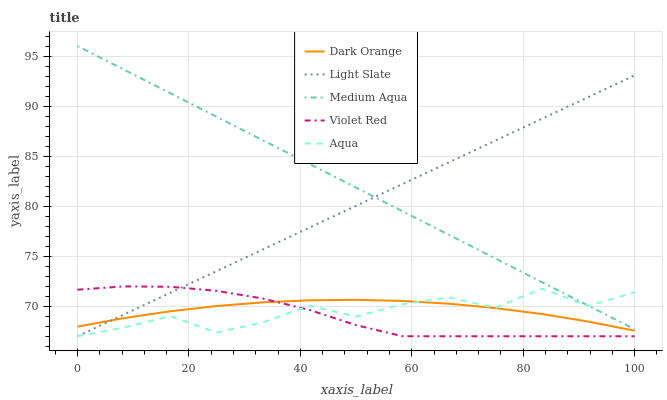
| xaxis_label | Dark Orange | Light Slate | Medium Aqua | Violet Red | Aqua |
 | --- | --- | --- | --- | --- | --- |
 | 0 | 68 | 67 | 96 | 71.7 | 67 |
 | 8.33 | 68.8 | 69.2 | 93.6 | 72 | 67.9 |
 | 16.7 | 69.5 | 71.3 | 91.3 | 71.9 | 69 |
 | 25 | 70 | 73.5 | 88.9 | 71.5 | 67.4 |
 | 33.3 | 70.4 | 75.7 | 86.6 | 70.8 | 68.4 |
 | 41.7 | 70.6 | 77.9 | 84.2 | 69.6 | 70.1 |
 | 50 | 70.6 | 80 | 81.8 | 68.1 | 69 |
 | 58.3 | 70.5 | 82.2 | 79.5 | 67 | 70.2 |
 | 66.7 | 70.3 | 84.4 | 77.1 | 67 | 70.9 |
 | 75 | 69.8 | 86.6 | 74.8 | 67 | 69.8 |
 | 83.3 | 69.2 | 88.7 | 72.4 | 67 | 71.8 |
 | 91.7 | 68.5 | 90.9 | 70.1 | 67 | 70 |
 | 100 | 67.6 | 93.1 | 67.7 | 67 | 71.4 |